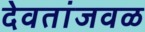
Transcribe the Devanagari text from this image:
देवतांजवळ